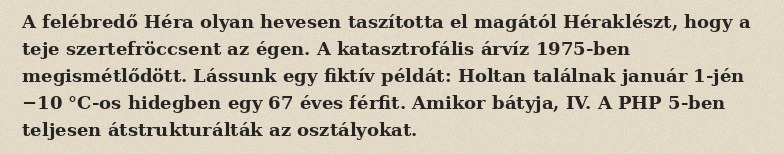
A felébredő Héra olyan hevesen taszította el magától Héraklészt, hogy a teje szertefröccsent az égen. A katasztrofális árvíz 1975-ben megismétlődött. Lássunk egy fiktív példát: Holtan találnak január 1-jén −10 °C-os hidegben egy 67 éves férfit. Amikor bátyja, IV. A PHP 5-ben teljesen átstrukturálták az osztályokat.